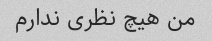
من هیچ نظری ندارم